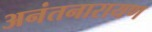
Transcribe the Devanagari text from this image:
अनंतनारायण